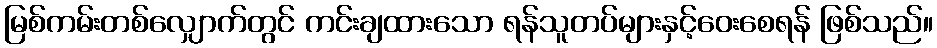
မြစ်ကမ်းတစ်လျှောက်တွင် ကင်းချထားသော ရန်သူတပ်များနှင့်ဝေးစေရန် ဖြစ်သည်။